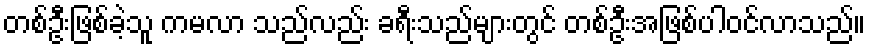
တစ်ဦးဖြစ်ခဲ့သူ ကမလာ သည်လည်း ခရီးသည်များတွင် တစ်ဦးအဖြစ်ပါဝင်လာသည်။